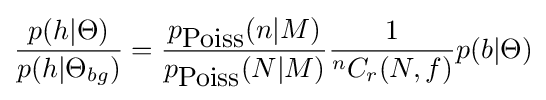
{\frac {p(h|\Theta )}{p(h|\Theta _{bg})}}={\frac {p_{\mbox{Poiss}}(n|M)}{p_{\mbox{Poiss}}(N|M)}}{\frac {1}{^{n}C_{r}(N,f)}}p(b|\Theta )